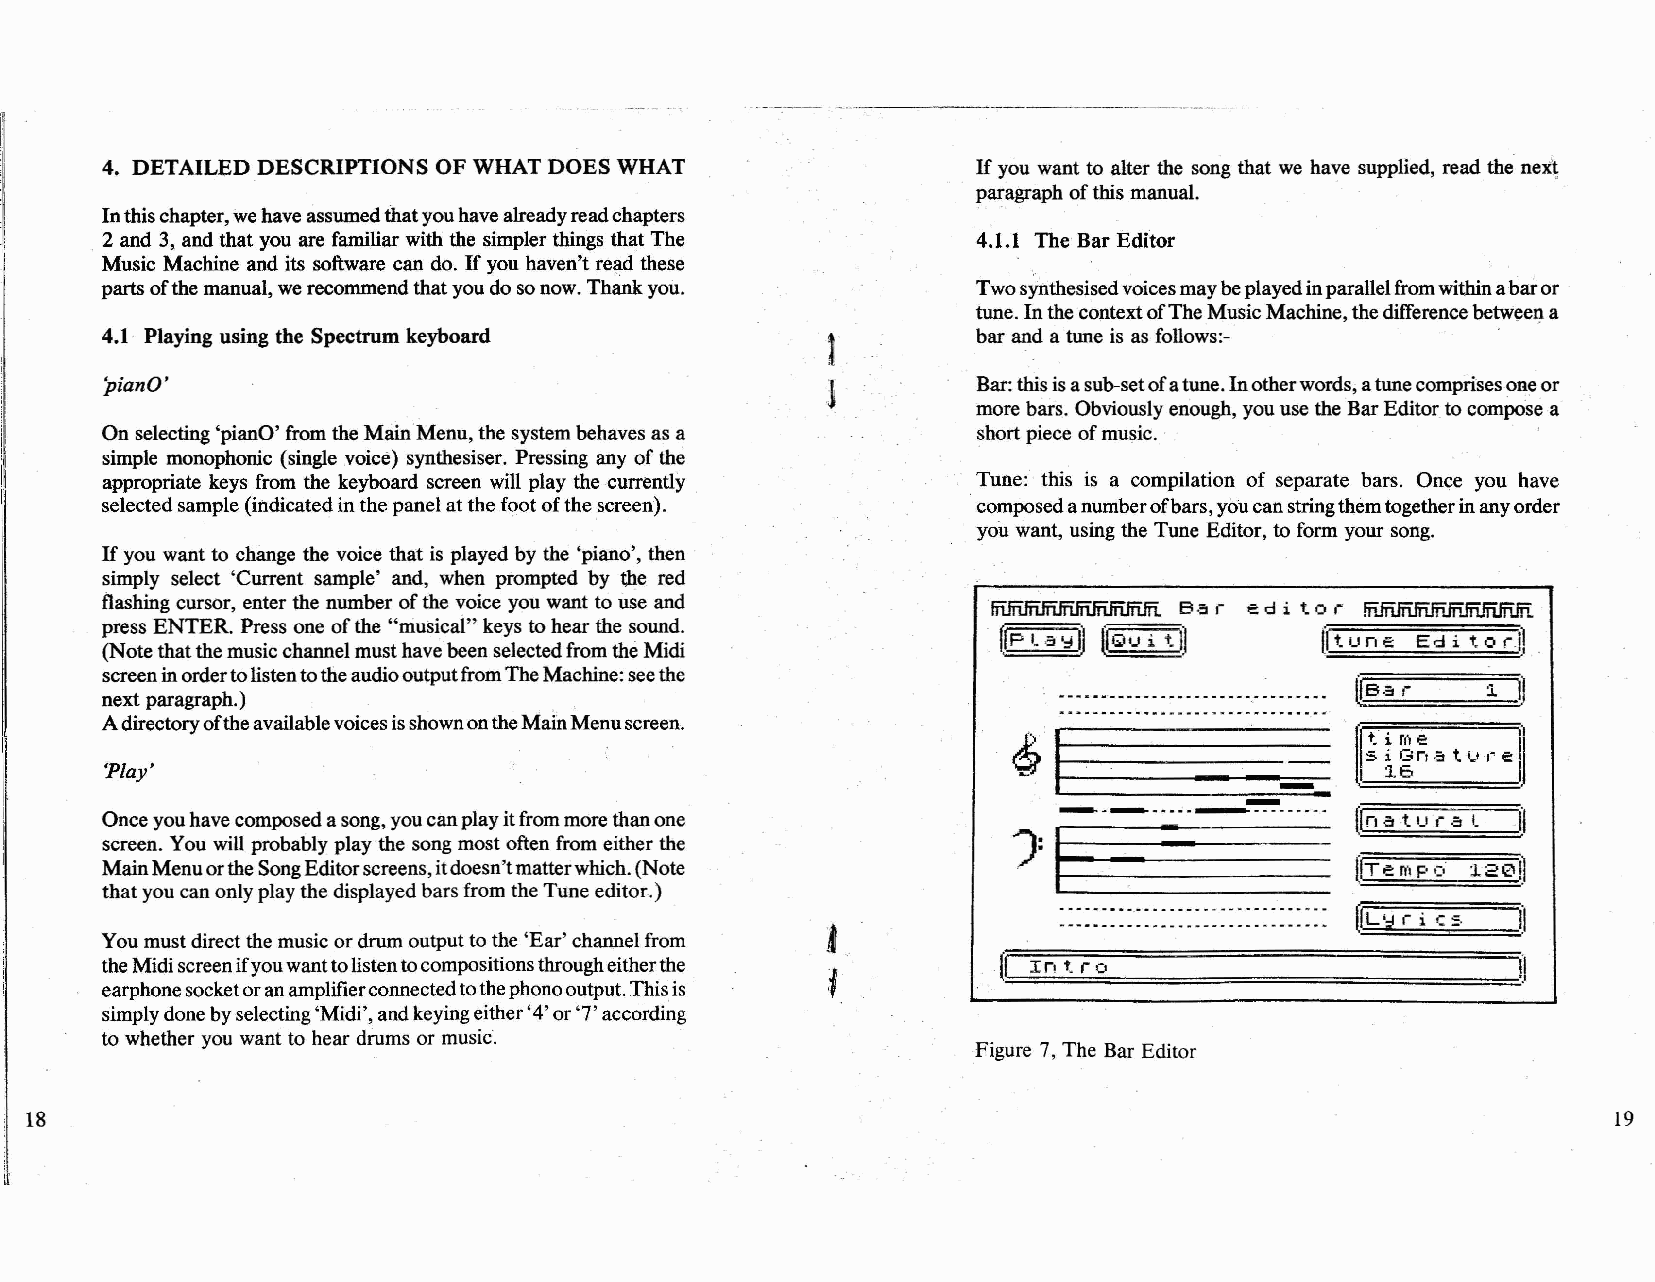
4. DETAILED DESCRIPTIONS OF WHAT DOES WHAT                Ifyou want to alter the song that we have supplied, read the nex\
 paragraph oftbis manual.
 Inthischapter,wehaveassumedthatyouhavealreadyreadchapters
 2 and 3, andthatyou are familiar with the simplerthings that The 4.1.1 The Bar Editor
 Music Macbine and its software can do. Ifyou haven't relld these
 partsofthemanual,werecommendthatyoudosonow.Thankyou.      Twosynthesisedvoicesmaybeplayedinparallelfromwithinabaror
 tune.InthecontextofTheMusicMacbine,thedifferencebetweel1a
 4.1 Playing using the Spectrum keyboard                   barand a tune is as follows:-
 'pianO'                                                   Bar:tbisisasub-setofatune.Inotherwords,atunecomprisesoneor
 more bars. Obviouslyenough, youuse the BarEditor.tocompose a
 On selecting'pianO'from theMainMenu,the systembehaves as a shortpiece ofmusic..
 simple monophonic (single voicé) synthesiser. Pressing any ofthe
 appropriate keys from the keyboard screen will play the currently Tune: this is a compiladon of separate bars. Once you have
 selectedsample(indicatedinthepanelatthefootofthescreen).  composedanumberofbars,youcanstringthemtogetherinanyorder
 you want, using the Tune Editor, to form your songo
 Ifyou want to change the voice that is played by the 'piano', then
 simply select 'Current sample' and, when prompted by fue red
 flashing cursor, enter the number ofthe voice you wantto use and
 e d i t o í !ñJnJñfñfñfñfñJñ.1ñIñ
 press ENTER. Press one ofthe "niusicaí"keys to hearthe sound.
 {It u n e Ed i t o íil
 (NotethatthemusicchannelmusthavebeenselectedfromtheMidi
 screeninardertolistentotheaudiooutputfromTheMachine:seethe
 n
 next paragraph.)               .                                                           1
 AdirectoryoftheavailablevoicesisshownontheMainMenuscreen.
 ¿;I~----
 :t 5iiroI3en,;; t 1_' ,~ e 1I
 'Play'                                                                     -       I 16
 Onceyouhavecomposedasong,youcanplayitfrommorethanone
 ---~--_..------.........
 (Inat') a til
 í
 )I~--
 screen. You will probably playthe song most afien from either the
 MainMenuortheSongEditorscreens,itdoesn'tmatterwhich.(Note                          !'ITem p Ó :1.=1211]
 thatyoucanonlyplaythedisplayedbarsfrom theTuneeditor.)
 ==1]
 [I=L=':J::::1:-:=i=C::c==,
 Youmustdirectthemusicordrum outputtothe 'Ear'channelfrom
 theMidiscreenifyouwanttolisten10compositionstbrougheitherthe
 1,1
 earphonesocketoranamplifierconnectedtothephonooutput.Thisis
 simplydonebyselecting'Midi',andkeyingeither'4'or'7'according
 to whether you want to hear drums or music.
 Figure 7, The Bar Editor
 18                                                                                                       19